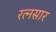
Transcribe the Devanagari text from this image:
रत्नसार